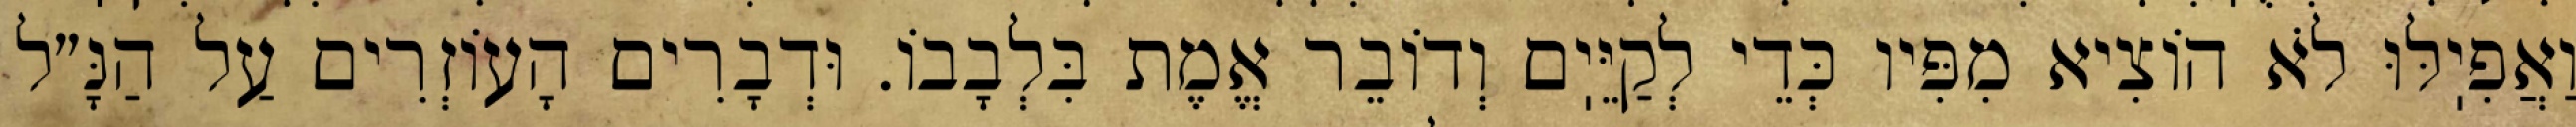
וַאֲפִיֽלּוּ לֹא הוֹצִיא מִפִּיו כְּדֵי לְקַיֵּיֽם וְדוֹבֵר אֱמֶת בִּלְבָבוֹ. וּדְבָרִים הָעוֹזְרִים עַל הַנָּ״ל